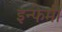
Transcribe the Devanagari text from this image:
इन्फेमी